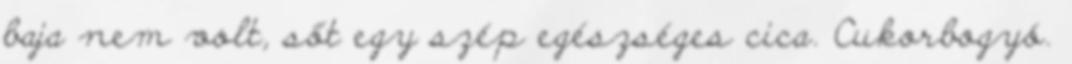
baja nem volt, sőt egy szép egészséges cica. Cukorbogyó.